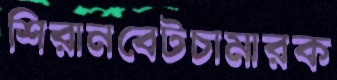
শিরানবেটচামারক